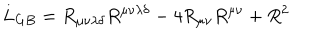
L _ { G B } = R _ { \mu \nu \lambda \delta } R ^ { \mu \nu \lambda \delta } - 4 R _ { \mu \nu } R ^ { \mu \nu } + R ^ { 2 }